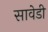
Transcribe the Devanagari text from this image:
सावेडी